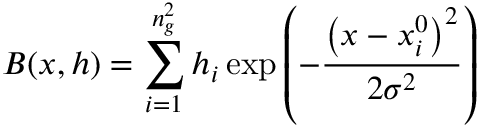
B ( \ensuremath { \boldsymbol { { x } } } , \ensuremath { \boldsymbol { h } } ) = \sum _ { i = 1 } ^ { n _ { g } ^ { 2 } } h _ { i } \exp \left( - \frac { \left( \ensuremath { \boldsymbol { { x } } } - \ensuremath { \boldsymbol { { x } } } _ { i } ^ { 0 } \right) ^ { 2 } } { 2 \sigma ^ { 2 } } \right)